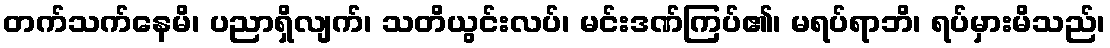
တက်သက်နေမိ၊ ပညာရှိလျက်၊ သတိယွင်းလပ်၊ မင်းဒဏ်ကြပ်၏၊ မရပ်ရာဘိ၊ ရပ်မှားမိသည်၊